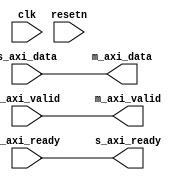
module axi_register_slice_2 (
	input clk,
	input resetn,
	input s_axi_valid,
	output s_axi_ready,
	input [DATA_WIDTH-1:0] s_axi_data,
	output m_axi_valid,
	input m_axi_ready,
	output [DATA_WIDTH-1:0] m_axi_data
);
parameter DATA_WIDTH = 32;
parameter FORWARD_REGISTERED = 0;
parameter BACKWARD_REGISTERED = 0;
wire [DATA_WIDTH-1:0] bwd_data_s;
wire bwd_valid_s;
wire bwd_ready_s;
wire [DATA_WIDTH-1:0] fwd_data_s;
wire fwd_valid_s;
wire fwd_ready_s;
generate if (FORWARD_REGISTERED == 1) begin
reg fwd_valid = 1'b0;
reg [DATA_WIDTH-1:0] fwd_data = 'h00;
assign fwd_ready_s = ~fwd_valid | m_axi_ready;
assign fwd_valid_s = fwd_valid;
assign fwd_data_s = fwd_data;
always @(posedge clk) begin
	if (~fwd_valid | m_axi_ready)
		fwd_data <= bwd_data_s;
end
always @(posedge clk) begin
	if (resetn == 1'b0) begin
		fwd_valid <= 1'b0;
	end else begin 
		if (bwd_valid_s)
			fwd_valid <= 1'b1;
		else if (m_axi_ready)
			fwd_valid <= 1'b0;
	end
end
end else begin
assign fwd_data_s = bwd_data_s;
assign fwd_valid_s = bwd_valid_s;
assign fwd_ready_s = m_axi_ready;
end
endgenerate
generate if (BACKWARD_REGISTERED == 1) begin
reg bwd_ready = 1'b1;
reg [DATA_WIDTH-1:0] bwd_data = 'h00;
assign bwd_valid_s = ~bwd_ready | s_axi_valid;
assign bwd_data_s = bwd_ready ? s_axi_data : bwd_data;
assign bwd_ready_s = bwd_ready;
always @(posedge clk) begin
	if (bwd_ready)
		bwd_data <= s_axi_data;
end
always @(posedge clk) begin
	if (resetn == 1'b0) begin
		bwd_ready <= 1'b1;
	end else begin
		if (fwd_ready_s)
			bwd_ready <= 1'b1;
		else if (s_axi_valid)
			bwd_ready <= 1'b0;
	end
end
end else begin
assign bwd_valid_s = s_axi_valid;
assign bwd_data_s = s_axi_data;
assign bwd_ready_s = fwd_ready_s;
end endgenerate
assign m_axi_data = fwd_data_s;
assign m_axi_valid = fwd_valid_s;
assign s_axi_ready = bwd_ready_s;
endmodule